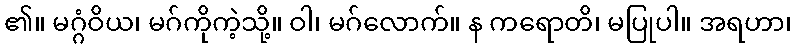
၏။ မဂ္ဂံဝိယ၊ မဂ်ကိုကဲ့သို့။ ဝါ၊ မဂ်လောက်။ န ကရောတိ၊ မပြုပါ။ အရဟာ၊